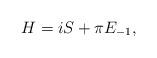
LaTeX: \begin{align*}H = iS +\pi E_{-1},\end{align*}